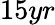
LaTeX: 15yr